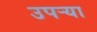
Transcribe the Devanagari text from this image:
उपर्‍या